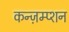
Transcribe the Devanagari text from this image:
कन्ज़म्प्शन